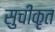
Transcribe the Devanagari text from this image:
सुचीकृत